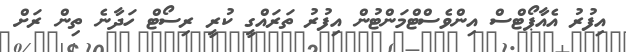
އިފުރު އެއާޕޯޓްސް އިންވެސްޓްމަންޓުން އިފުރު ތަރައްގީ ކުރީ ރިސޯޓް ހަދާނެ ތިން ރަށް